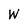
Character: W